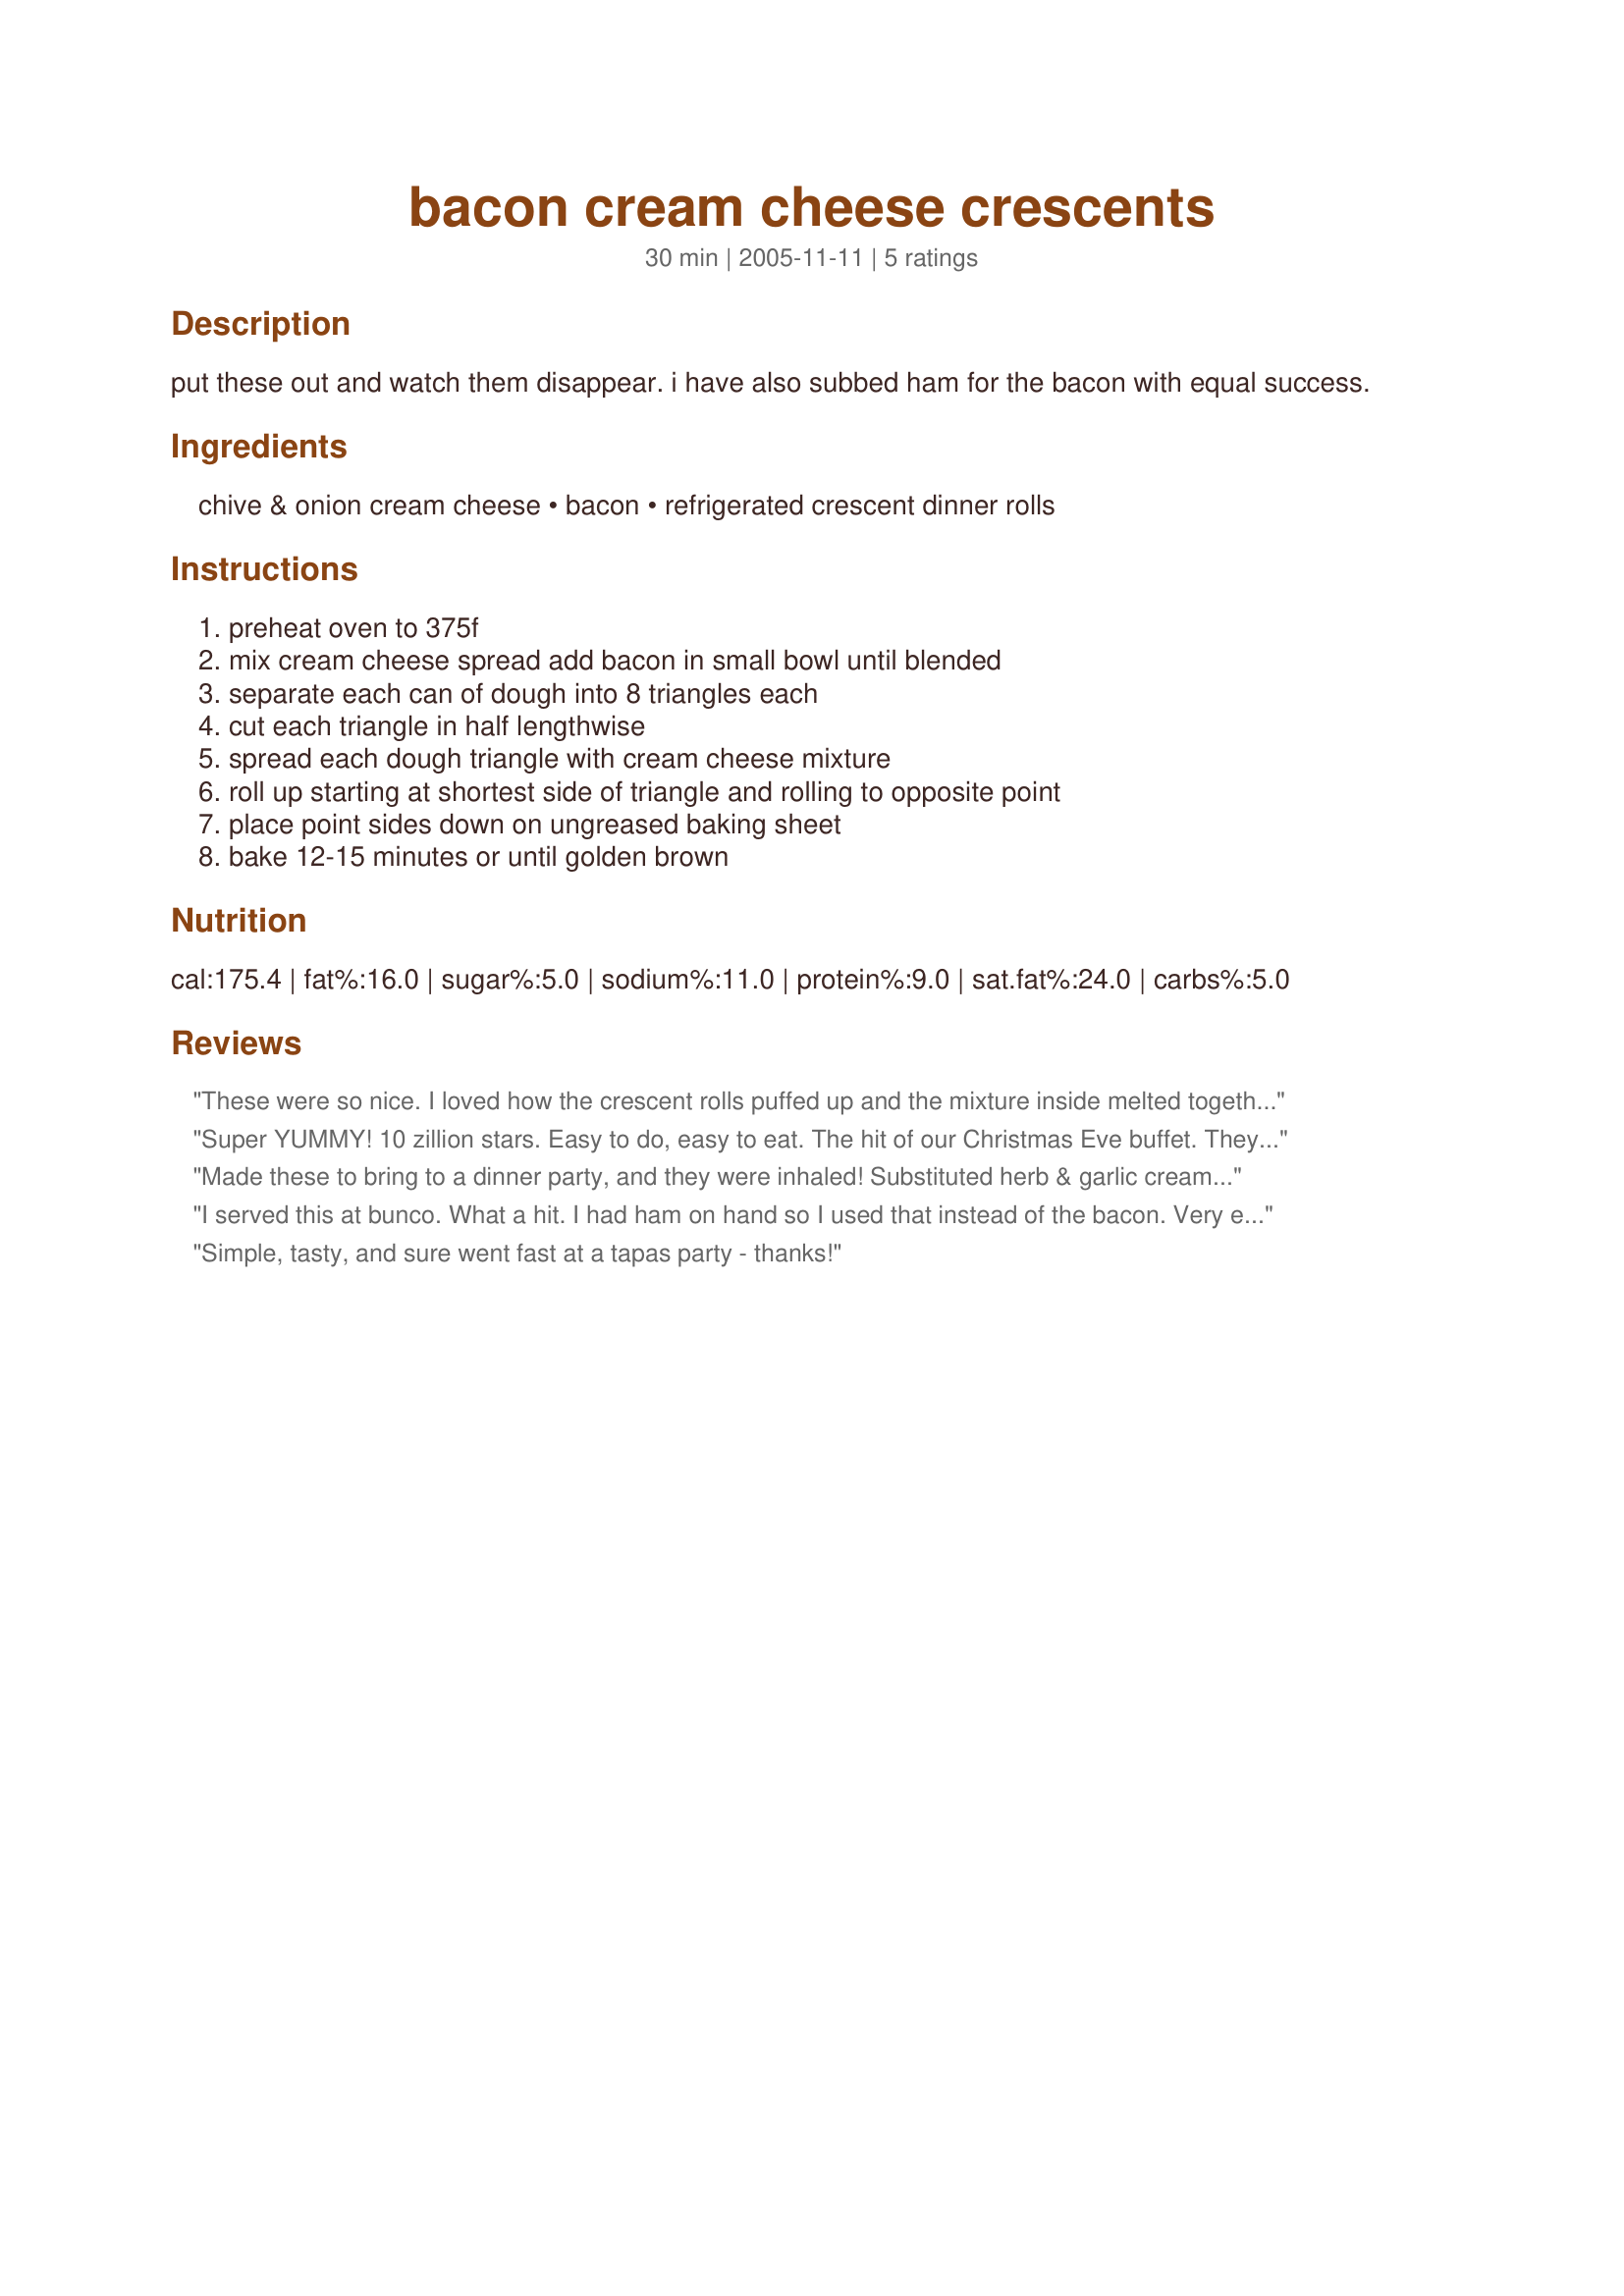
bacon cream cheese crescents
Preparation time: 30 minutes

put these out and watch them disappear. i have also subbed ham for the bacon with equal success.

Ingredients:
chive & onion cream cheese, bacon, refrigerated crescent dinner rolls

Steps:
preheat oven to 375f, mix cream cheese spread add bacon in small bowl until blended, separate each can of dough into 8 triangles each, cut each triangle in half lengthwise, spread each dough triangle with cream cheese mixture, roll up starting at shortest side of triangle and rolling to opposite point, place point sides down on ungreased baking sheet, bake 12-15 minutes or until golden brown

Reviews:
These were so nice. I loved how the crescent rolls puffed up and the mixture inside melted together. Keeper in my book!
Super YUMMY! 10 zillion stars. Easy to do, easy to eat. The hit of our Christmas Eve buffet. They did disappear the quickest! Make these for the Super Bowl or any party, and stand away from the horde as they devour them. Thanks for a real keeper. P
Made these to bring to a dinner party, and they were inhaled! Substituted herb & garlic cream cheese and ham, an outstanding combination. Looks impressive, and like you put way more work in than you actually did! :D
I served this at bunco. What a hit. I had ham on hand so I used that instead of the bacon. Very easy to make. I had many request for the recipe. Thanks for sharing this one. It's a keeper.
Simple, tasty, and sure went fast at a tapas party - thanks!
